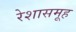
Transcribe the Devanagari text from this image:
रेशासमूह